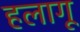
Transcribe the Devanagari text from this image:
हलागू